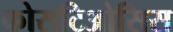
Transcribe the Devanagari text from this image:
कोसटिओसिस